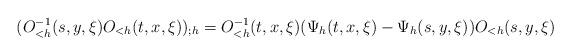
LaTeX: \begin{align*} (O^{-1}_{<h}(s,y,\xi) O_{<h}(t,x,\xi))_{;h} = O^{-1}_{<h}(t,x,\xi) (\Psi_h(t,x,\xi) - \Psi_h(s,y,\xi)) O_{<h}(s,y,\xi) \end{align*}